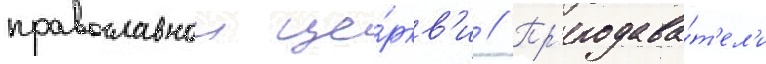
православнои це́ркв'и // Пр'еподава́т'ел'и